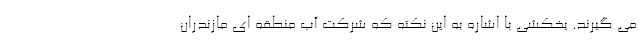
می گیرند. یخکشی با اشاره به این نکته که شرکت آب منطقه ای مازندران